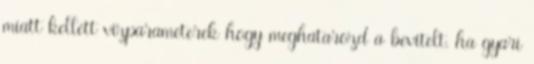
miatt kellett vizparameterek hogy meghatarozd a bevitelt. ha gyari